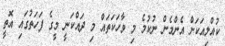
ކުއްލިއަކަށް އެންމެން ނުކުމެ މި ވާހަކަތައް މި ދައްކަނީ މީގެ ފަހަތުގައި އޮތީ